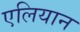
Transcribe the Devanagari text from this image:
एलियान